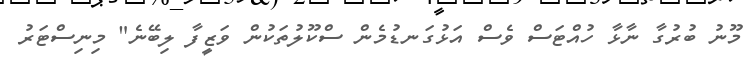
މޫނު ބުރުގާ ނާޅާ ހުއްޓަސް ވެސް އަޅުގަނޑުމެން ސްކޫލުތަކުން ވަޒީފާ ލިބޭނެ" މިނިސްޓަރު